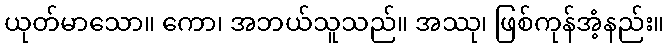
ယုတ်မာသော။ ကော၊ အဘယ်သူသည်။ အဿု၊ ဖြစ်ကုန်အံ့နည်း။